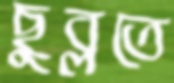
ছুব্‌লতে